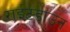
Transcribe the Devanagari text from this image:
राईटडाउन